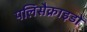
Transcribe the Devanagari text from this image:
पलिसैक्राइडों